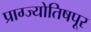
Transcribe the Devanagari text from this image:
प्राग्ज्योतिषपूर